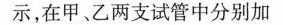
示，在甲、乙两支试管中分别加